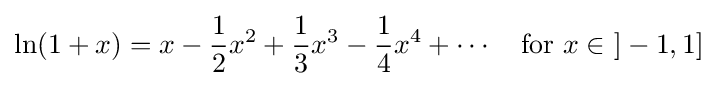
\ln(1+x)=x-{\frac {1}{2}}x^{2}+{\frac {1}{3}}x^{3}-{\frac {1}{4}}x^{4}+\cdots \quad {\text{for }}x\in \ ]-1,1]